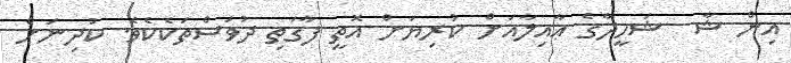
އިން ޝާ  ޝަހީދާގެ ޢާއިލާއަށް ކުރިޔަށް އޮތީ ފާގަތި ދުވަސްތަކެކެވެ. ކުދިނަށް